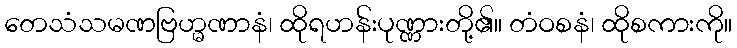
တေသံသမဏဗြဟ္မဏာနံ၊ ထိုရဟန်းပုဏ္ဏားတို့၏။ တံဝစနံ၊ ထိုစကားကို။